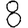
Digit: 8